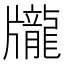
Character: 𪚖